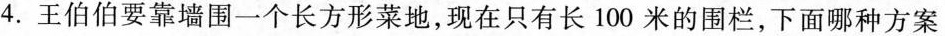
4.王伯伯要靠墙围一个长方形菜地，现在只有长100米的围栏，下面哪种方案